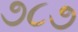
૭૮૭